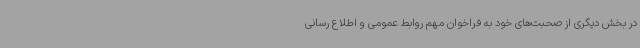
در بخش دیگری از صحبت‌های خود به فراخوان مهم روابط عمومی و اطلاع رسانی